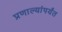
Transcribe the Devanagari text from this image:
प्रणाल्यांपर्यंत